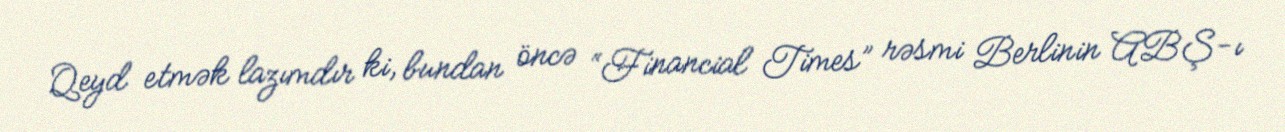
Qeyd etmək lazımdır ki, bundan öncə “Financial Times” rəsmi Berlinin ABŞ-ı